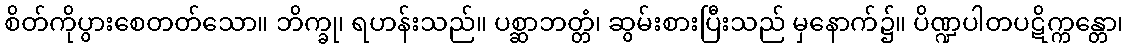
စိတ်ကိုပွားစေတတ်သော။ ဘိက္ခု၊ ရဟန်းသည်။ ပစ္ဆာဘတ္တံ၊ ဆွမ်းစားပြီးသည် မှနောက်၌။ ပိဏ္ဍပါတပဋိက္ကန္တော၊